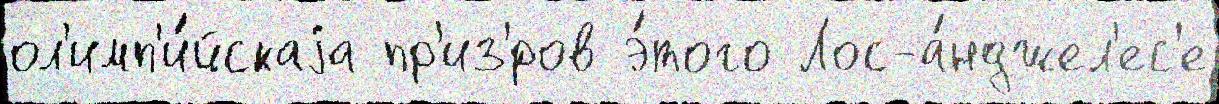
ол'имп'и́йскаjа пр'из'́ров э́того Лос-а́нджел'ес'е